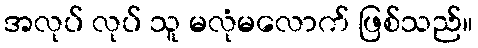
အလုပ် လုပ် သူ မလုံမလောက် ဖြစ်သည်။